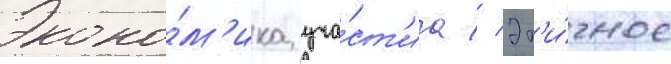
Эконо́м'ика уча́ст'иа // Эт'и́чное